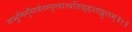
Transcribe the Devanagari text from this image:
सभूमिगूँसर्वतस्पृत्त्वात्त्यतिष्ठ्ठद्दशाङ्गुलम्॥१॥